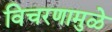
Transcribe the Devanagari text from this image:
विचरणामुळे